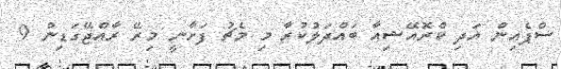
ސްޕެއިން އަދި ކްރޮއޭޝިއާ ބައްދަލުކުރާ މި މެޗު ފަށާނީ މިރޭ ރާއްޖޭގަޑިން 9